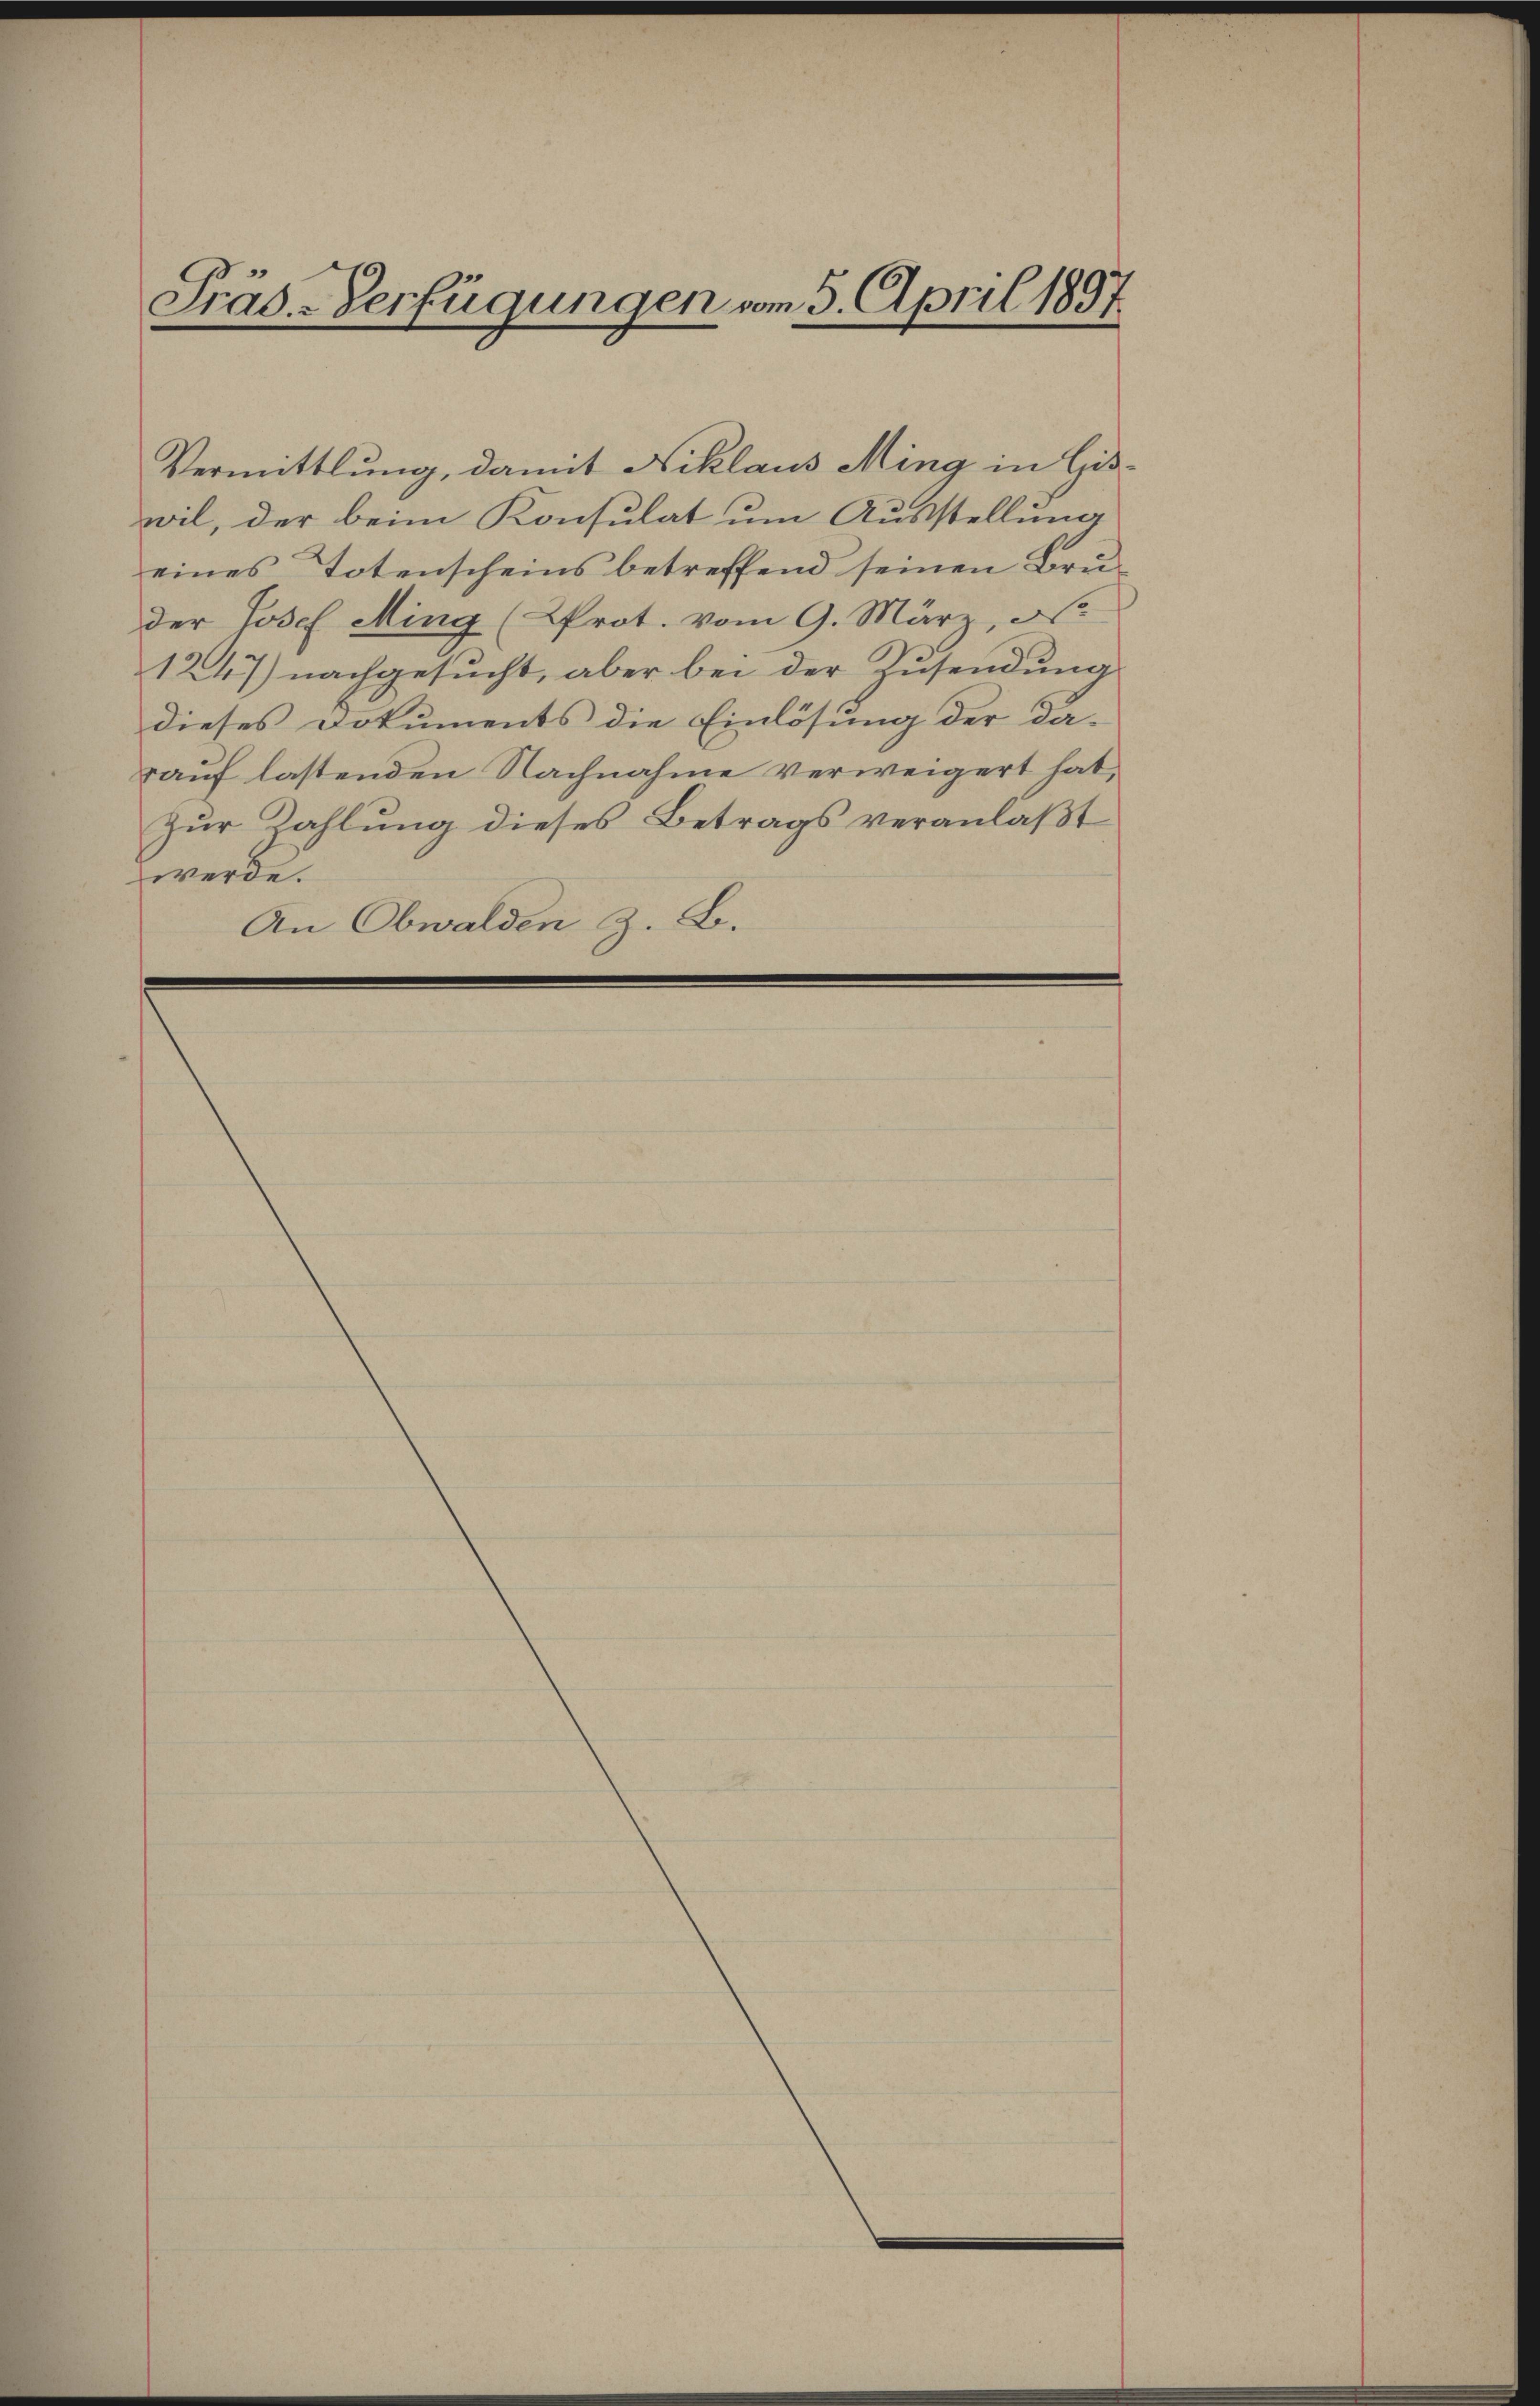
Präs-Verfügungen vom 5. April 1897

Vermittlung, damit Niklaus Ming in Giswil, der beim Konsulat um Ausstellung
eines Totenscheins betreffend seinen Bruder Josef Ming (Prot. vom 9. März, N.
1247) nachgesucht, aber bei der Zusendung
dieses Dokuments die Einlösung der da-
rauf lastenden Nachnahme verweigert hat,
Zur Zahlung dieses Betrags veranlaßt
werde.
An Obwalden z. B.